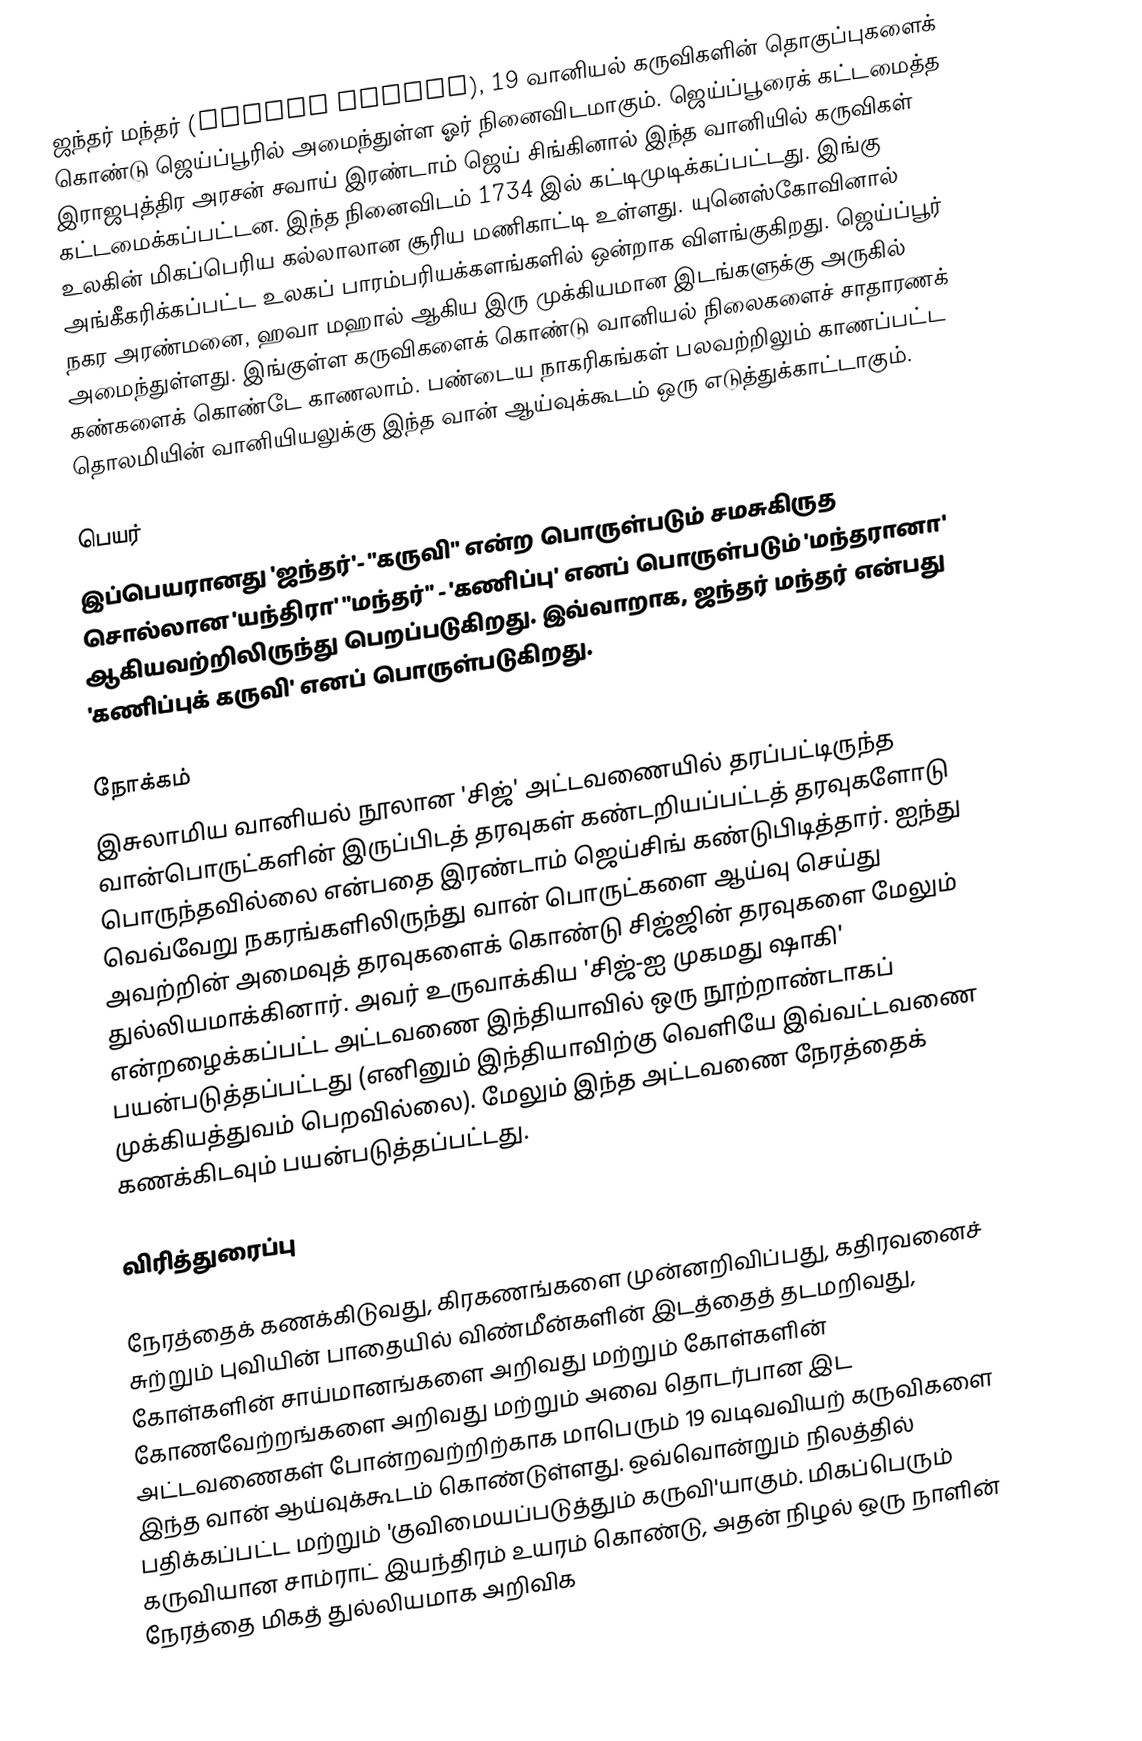
ஜந்தர் மந்தர் (Jantar Mantar), 19 வானியல் கருவிகளின் தொகுப்புகளைக் கொண்டு ஜெய்ப்பூரில் அமைந்துள்ள ஓர் நினைவிடமாகும். ஜெய்ப்பூரைக் கட்டமைத்த இராஜபுத்திர அரசன் சவாய் இரண்டாம் ஜெய் சிங்கினால் இந்த வானியில் கருவிகள் கட்டமைக்கப்பட்டன. இந்த நினைவிடம் 1734 இல் கட்டிமுடிக்கப்பட்டது. இங்கு உலகின் மிகப்பெரிய கல்லாலான சூரிய மணிகாட்டி உள்ளது. யுனெஸ்கோவினால் அங்கீகரிக்கப்பட்ட உலகப் பாரம்பரியக்களங்களில் ஒன்றாக விளங்குகிறது. ஜெய்ப்பூர் நகர அரண்மனை, ஹவா மஹால் ஆகிய இரு முக்கியமான இடங்களுக்கு அருகில் அமைந்துள்ளது. இங்குள்ள கருவிகளைக் கொண்டு வானியல் நிலைகளைச் சாதாரணக் கண்களைக் கொண்டே காணலாம். பண்டைய நாகரிகங்கள் பலவற்றிலும் காணப்பட்ட தொலமியின் வானியியலுக்கு இந்த வான் ஆய்வுக்கூடம் ஒரு எடுத்துக்காட்டாகும்.

பெயர்
இப்பெயரானது 'ஜந்தர்'- "கருவி" என்ற பொருள்படும் சமசுகிருத சொல்லான 'யந்திரா' "மந்தர்" - 'கணிப்பு' எனப் பொருள்படும் 'மந்தரானா' ஆகியவற்றிலிருந்து பெறப்படுகிறது. இவ்வாறாக, ஜந்தர் மந்தர் என்பது 'கணிப்புக் கருவி' எனப் பொருள்படுகிறது.

நோக்கம்
இசுலாமிய வானியல் நூலான 'சிஜ்' அட்டவணையில் தரப்பட்டிருந்த வான்பொருட்களின் இருப்பிடத் தரவுகள் கண்டறியப்பட்டத் தரவுகளோடு பொருந்தவில்லை என்பதை இரண்டாம் ஜெய்சிங் கண்டுபிடித்தார். ஐந்து வெவ்வேறு நகரங்களிலிருந்து வான் பொருட்களை ஆய்வு செய்து அவற்றின் அமைவுத் தரவுகளைக் கொண்டு சிஜ்ஜின் தரவுகளை மேலும் துல்லியமாக்கினார். அவர் உருவாக்கிய 'சிஜ்-ஐ முகமது ஷாகி' என்றழைக்கப்பட்ட அட்டவணை இந்தியாவில் ஒரு நூற்றாண்டாகப் பயன்படுத்தப்பட்டது (எனினும் இந்தியாவிற்கு வெளியே இவ்வட்டவணை முக்கியத்துவம் பெறவில்லை). மேலும் இந்த அட்டவணை நேரத்தைக் கணக்கிடவும் பயன்படுத்தப்பட்டது.

விரித்துரைப்பு

நேரத்தைக் கணக்கிடுவது, கிரகணங்களை முன்னறிவிப்பது, கதிரவனைச் சுற்றும் புவியின் பாதையில் விண்மீன்களின் இடத்தைத் தடமறிவது, கோள்களின் சாய்மானங்களை அறிவது மற்றும் கோள்களின் கோணவேற்றங்களை அறிவது மற்றும் அவை தொடர்பான இட அட்டவணைகள் போன்றவற்றிற்காக மாபெரும் 19 வடிவவியற் கருவிகளை இந்த வான் ஆய்வுக்கூடம் கொண்டுள்ளது. ஒவ்வொன்றும் நிலத்தில் பதிக்கப்பட்ட மற்றும் 'குவிமையப்படுத்தும் கருவி'யாகும். மிகப்பெரும் கருவியான சாம்ராட் இயந்திரம்  உயரம் கொண்டு, அதன் நிழல் ஒரு நாளின் நேரத்தை மிகத் துல்லியமாக அறிவிக